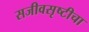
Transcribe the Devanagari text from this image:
सजीवसृष्टीचा